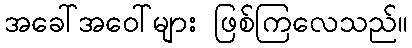
အခေါ်အဝေါ်များ ဖြစ်ကြလေသည်။